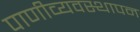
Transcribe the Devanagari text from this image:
पाणीव्यवस्थापन